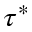
\tau ^ { * }